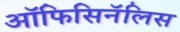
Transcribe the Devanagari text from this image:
ऑफिसिनॅलिस